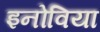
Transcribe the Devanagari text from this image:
इनोविया